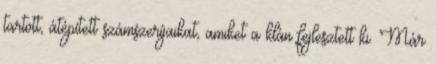
tartott, átépített számszeríjaikat, amiket a klán fejlesztett ki. Már